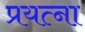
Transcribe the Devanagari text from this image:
प्रयत्ना